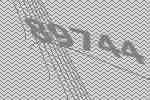
89744